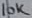
Text: 10K